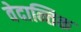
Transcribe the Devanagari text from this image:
वेदान्तिक